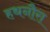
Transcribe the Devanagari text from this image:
हथनौरा